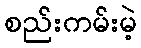
စည်းကမ်းမဲ့